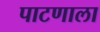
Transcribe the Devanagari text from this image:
पाटणाला